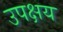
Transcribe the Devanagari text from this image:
उपक्षय